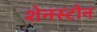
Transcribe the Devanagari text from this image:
शेनस्टोन